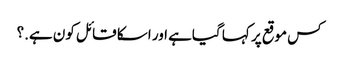
کس موقع پر کہا گیاہے اور اسکا قائل کون ہے.؟